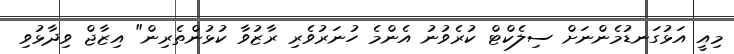
މިއީ އަޅުގަނޑުމެންނަށް ސިލެކްޓް ކުރެވުނު އެންމެ ހުނަރުވެރި ރާޒުވާ ކުޅުންތެރިން" އިޒާޖް ވިދާޅުވި